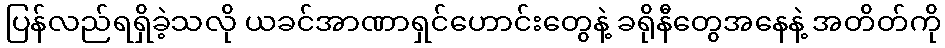
ပြန်လည်ရရှိခဲ့သလို ယခင်အာဏာရှင်ဟောင်းတွေနဲ့ ခရိုနီတွေအနေနဲ့ အတိတ်ကို